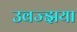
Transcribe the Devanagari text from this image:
उवज्झया